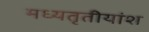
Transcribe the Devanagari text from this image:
मध्यतृतीयांश